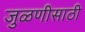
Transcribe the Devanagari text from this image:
जुळणीसाठी